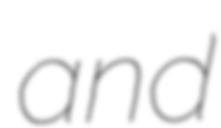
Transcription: and